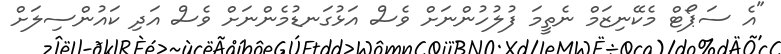
"އެ ސަޕޯޓް މެކޭނިޒަމް ނެތީމަ ފުލުހުންނަށް ވެސް އަޅުގަނޑުމެންނަށް ވެސް އަދި ކައުންސިލަށް